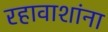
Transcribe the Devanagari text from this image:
रहावाशांना